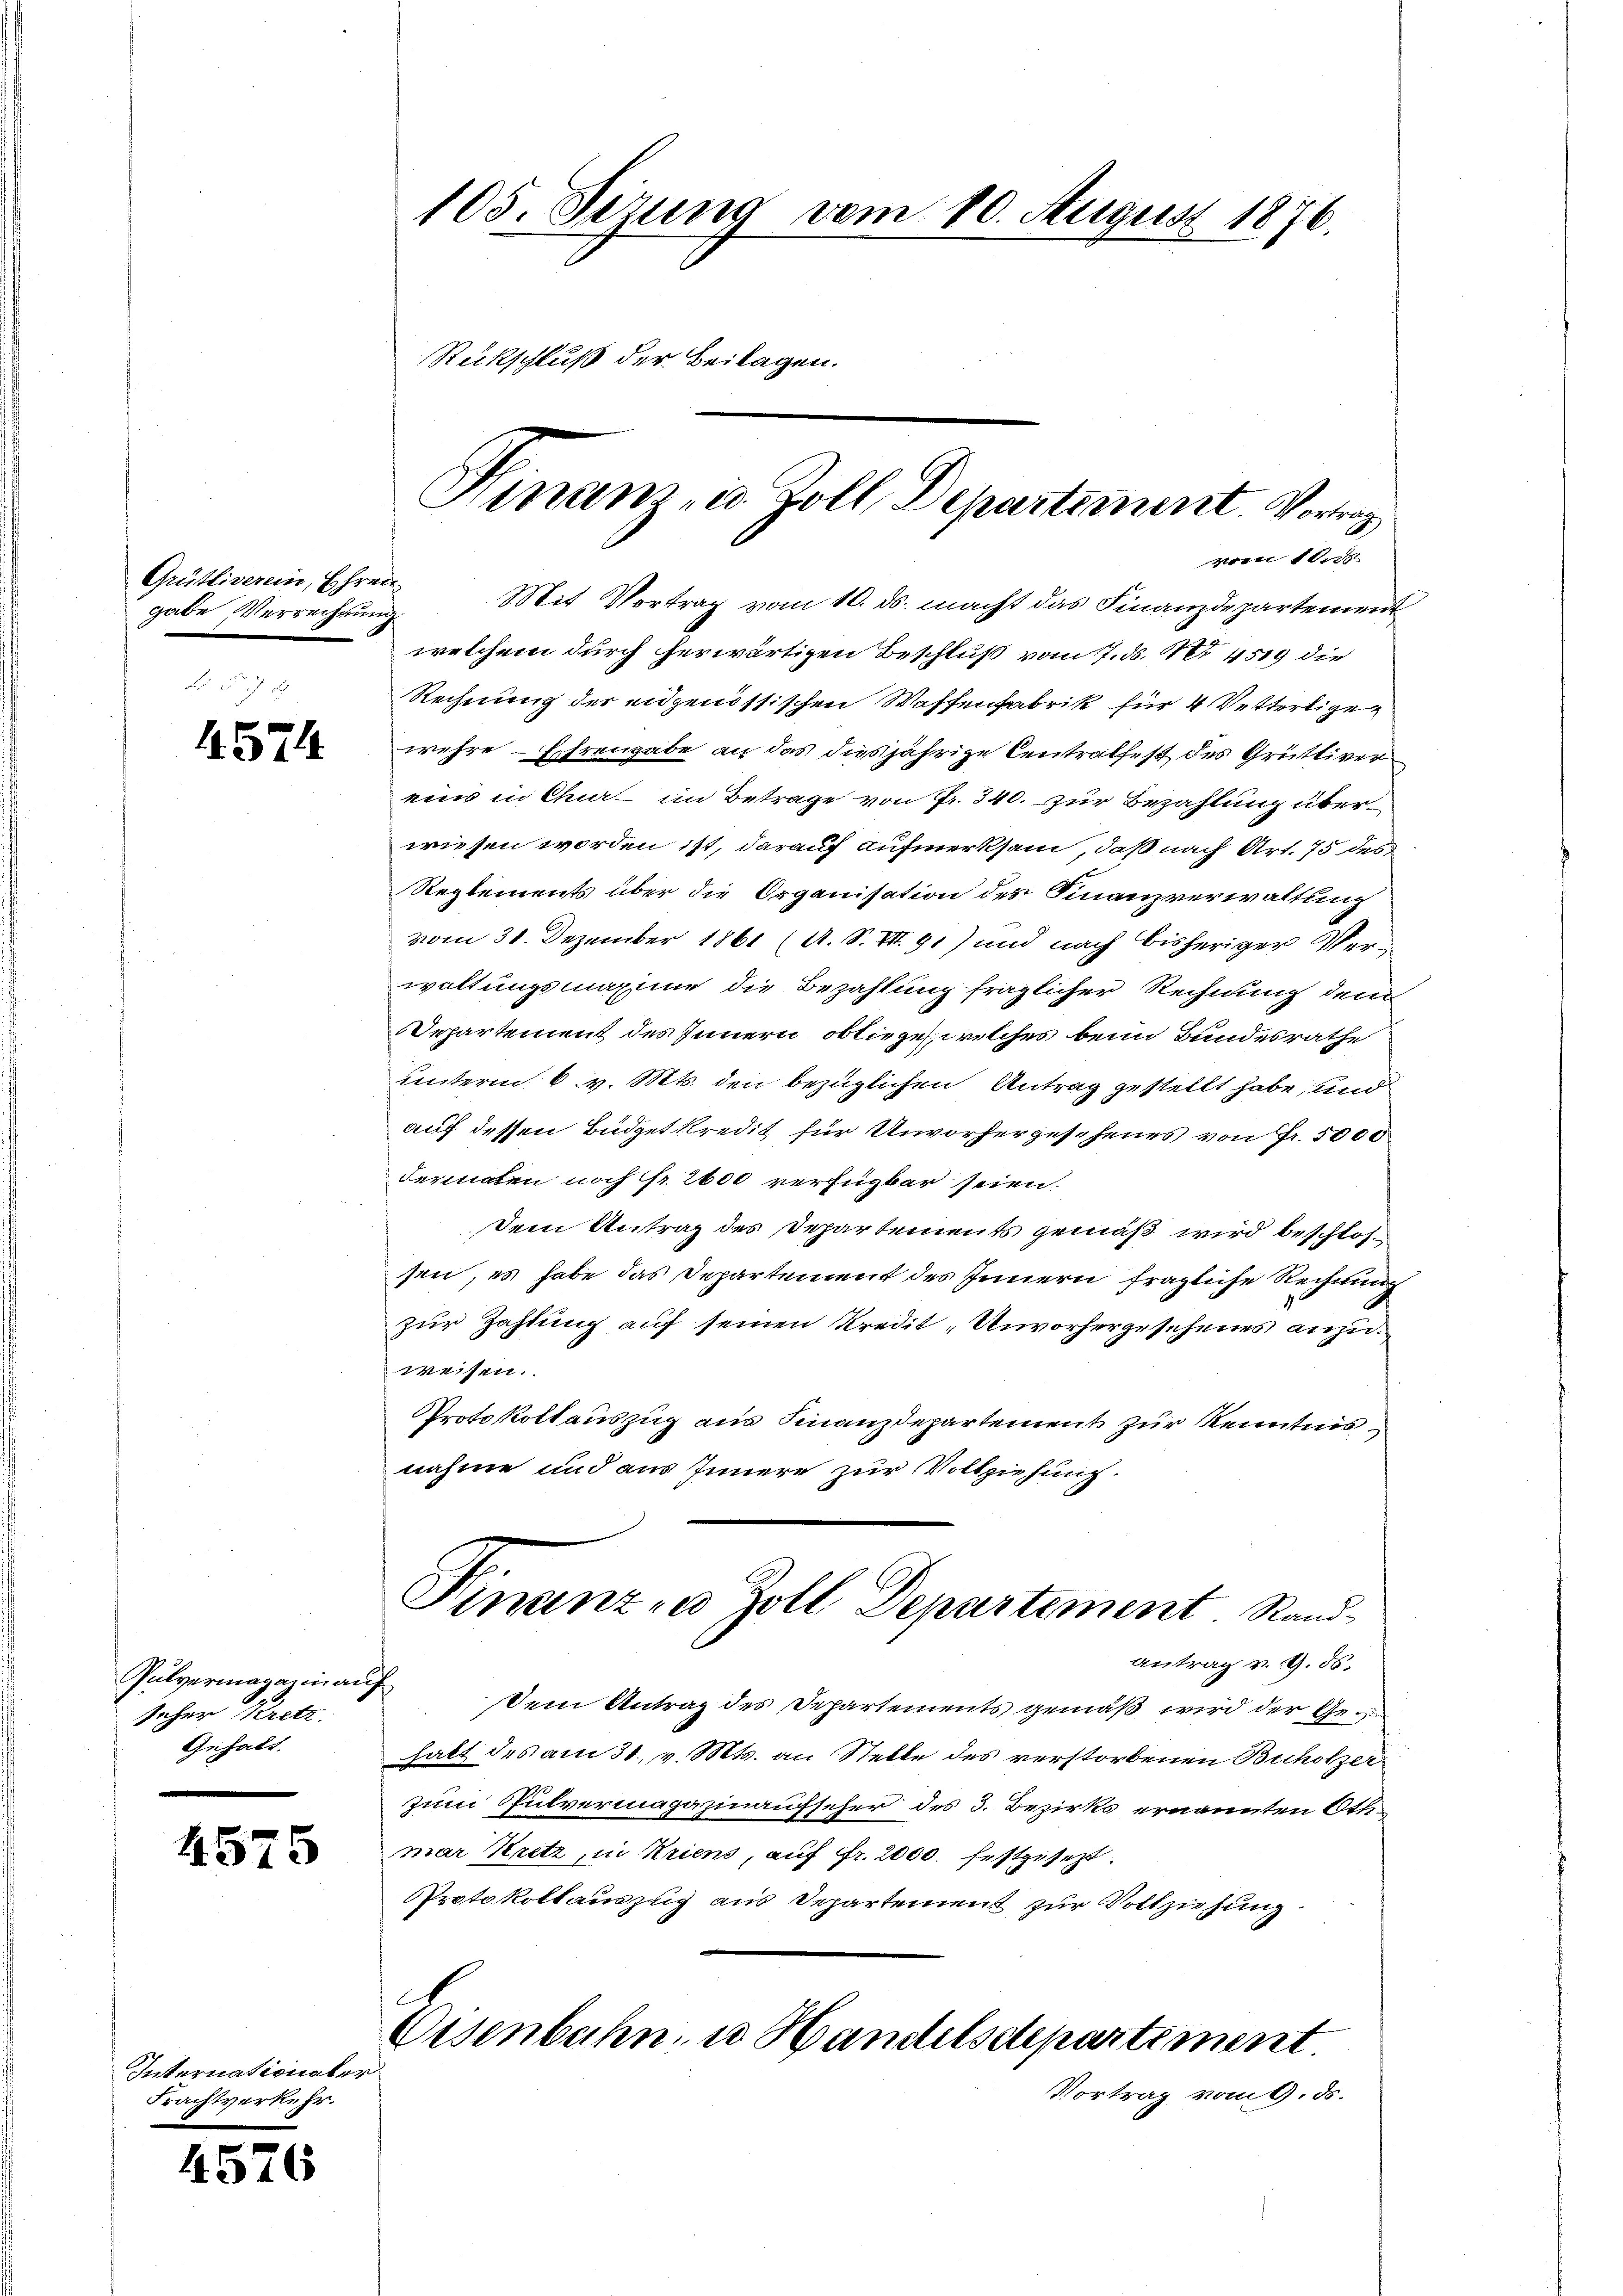
Grütliverein, Ehren
gabe Verrechnung

4574.

seher Kretz
Gehalt.

4575

Internationaler
Frachtverkehr.

4576

105. Sizung vom 10. August 1876.
Rückschluß der Beilagen.

welchem durch herwärtigen Beschluß vom 7. ds. Nr. 4519 die
Rechnung der eidgenössischen Waffenfabrik für 4 Vetterligen
wehre Ehrengabe an das diesjährige Centralfest des Grüttiver
eins in Chur im Betrage von Fr. 340. zur Bezahlung überwiesen worden ist, darauf aufmerksam, daß nach Art. 75 des
Reglements über die Organisation des Finanzverwaltung
vom 31. Dezember 1861 (A. S. VII. 91) und nach bisheriger Verwaltungsmaxime die Bezahlung fraglicher Rechnung dem
Departement des Innern, obliegen, welches beim Bundesrathe
unterm 6. v. Mts. den bezüglichen Antrag gestellt habe, und
auf dessen Büdgetkredit für Unvorhergesehenes von Fr. 5000
dermaten noch sr. 2600 verfügbar seien.
Dem Antrag des Departements gemäß wird beschlossen, es habe das Departement des Innern fragliche Rechnung
zur Zahlung auf seinen Kredit „Unvorhergesehenes anzuweisen.
Protokollauszug aus Finanzdepartement zur Kenntnis
nahme und aus Innere zur Vollziehung.
Finanzen Zoll Departement Rand-
Antrag v. 9. 55.
Pulvermagazinaŭf dem Antrag des Departements gemäβ wird der Ge-
halt des am 31. v. Mts. an Stelle des verstorbenen Buholzer
zum Pulvermagazinaufscher des 3. Bezirks ernannten Othmar Kretz, in Kriens, auf Fr. 2000. festgesezt.
PProtokollauszug aus Departement zur Vollziehung.
Eisenbahn, u. Handelsdepartement.
Vortrag vom 1. ds.

Hinanz- u. Zoll Departement. Vortrag
vom 10.
Mit Vortrag vom 10. ds. macht das Finanzdepartement